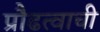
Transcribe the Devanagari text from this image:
प्रौढत्वाची